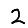
Digit: 2